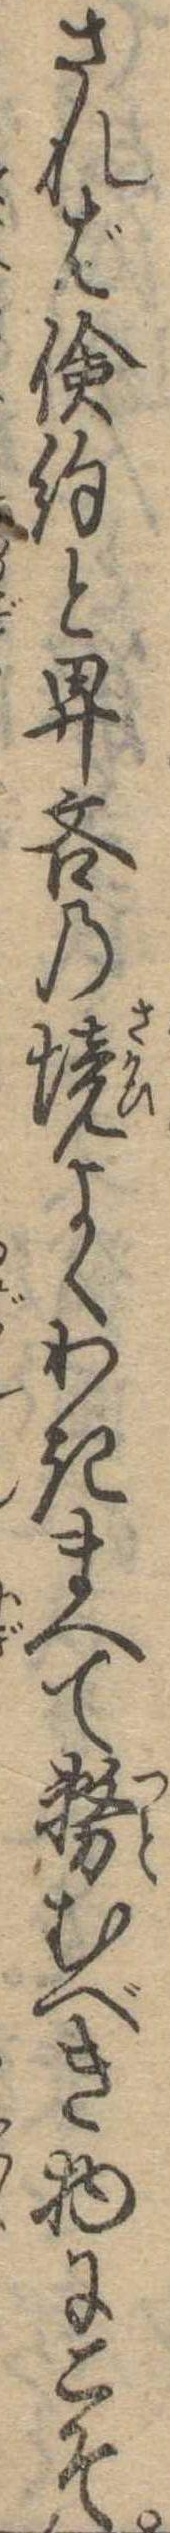
されば倹約と卑吝の境よくわきまへて務むべき物にこそ